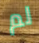
لم